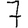
Digit: 7